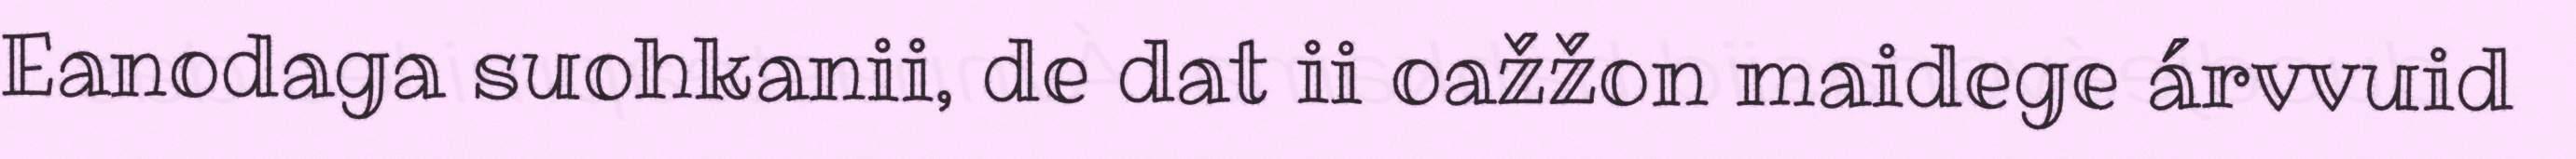
Eanodaga suohkanii, de dat ii oažžon maidege árvvuid